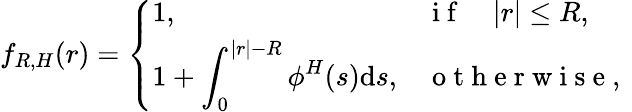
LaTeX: \begin{array}{r}{f_{R,H}(r)=\left\{ \begin{array}{ll}{1,}&{\mathrm{~i~f~}\quad|r|\leq R,}\\ {\displaystyle{1+\int_{0}^{|r|-R}\phi^{H}(s)\mathrm{d}s},}&{\mathrm{~o~t~h~e~r~w~i~s~e~,~}}\end{array}\right.}\end{array}